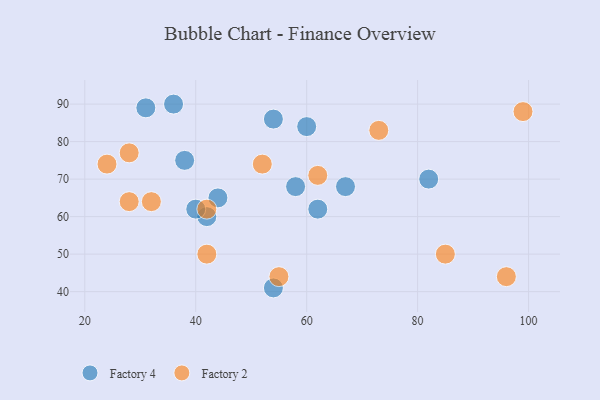
{"axis": {"x": "GDP", "y": "Life Expectancy"}, "legend": ["Factory 2", "Factory 4"], "data": [{"x": "54", "y": 86, "type": "Factory 4"}, {"x": "60", "y": 84, "type": "Factory 4"}, {"x": "38", "y": 75, "type": "Factory 4"}, {"x": "82", "y": 70, "type": "Factory 4"}, {"x": "58", "y": 68, "type": "Factory 4"}, {"x": "62", "y": 62, "type": "Factory 4"}, {"x": "67", "y": 68, "type": "Factory 4"}, {"x": "42", "y": 60, "type": "Factory 4"}, {"x": "31", "y": 89, "type": "Factory 4"}, {"x": "36", "y": 90, "type": "Factory 4"}, {"x": "44", "y": 65, "type": "Factory 4"}, {"x": "40", "y": 62, "type": "Factory 4"}, {"x": "54", "y": 41, "type": "Factory 4"}, {"x": "28", "y": 64, "type": "Factory 2"}, {"x": "55", "y": 44, "type": "Factory 2"}, {"x": "32", "y": 64, "type": "Factory 2"}, {"x": "42", "y": 62, "type": "Factory 2"}, {"x": "96", "y": 44, "type": "Factory 2"}, {"x": "42", "y": 50, "type": "Factory 2"}, {"x": "85", "y": 50, "type": "Factory 2"}, {"x": "24", "y": 74, "type": "Factory 2"}, {"x": "52", "y": 74, "type": "Factory 2"}, {"x": "28", "y": 77, "type": "Factory 2"}, {"x": "73", "y": 83, "type": "Factory 2"}, {"x": "99", "y": 88, "type": "Factory 2"}, {"x": "62", "y": 71, "type": "Factory 2"}]}